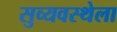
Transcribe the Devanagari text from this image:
सुव्यवस्थेला